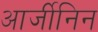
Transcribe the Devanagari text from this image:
आर्जीनिन